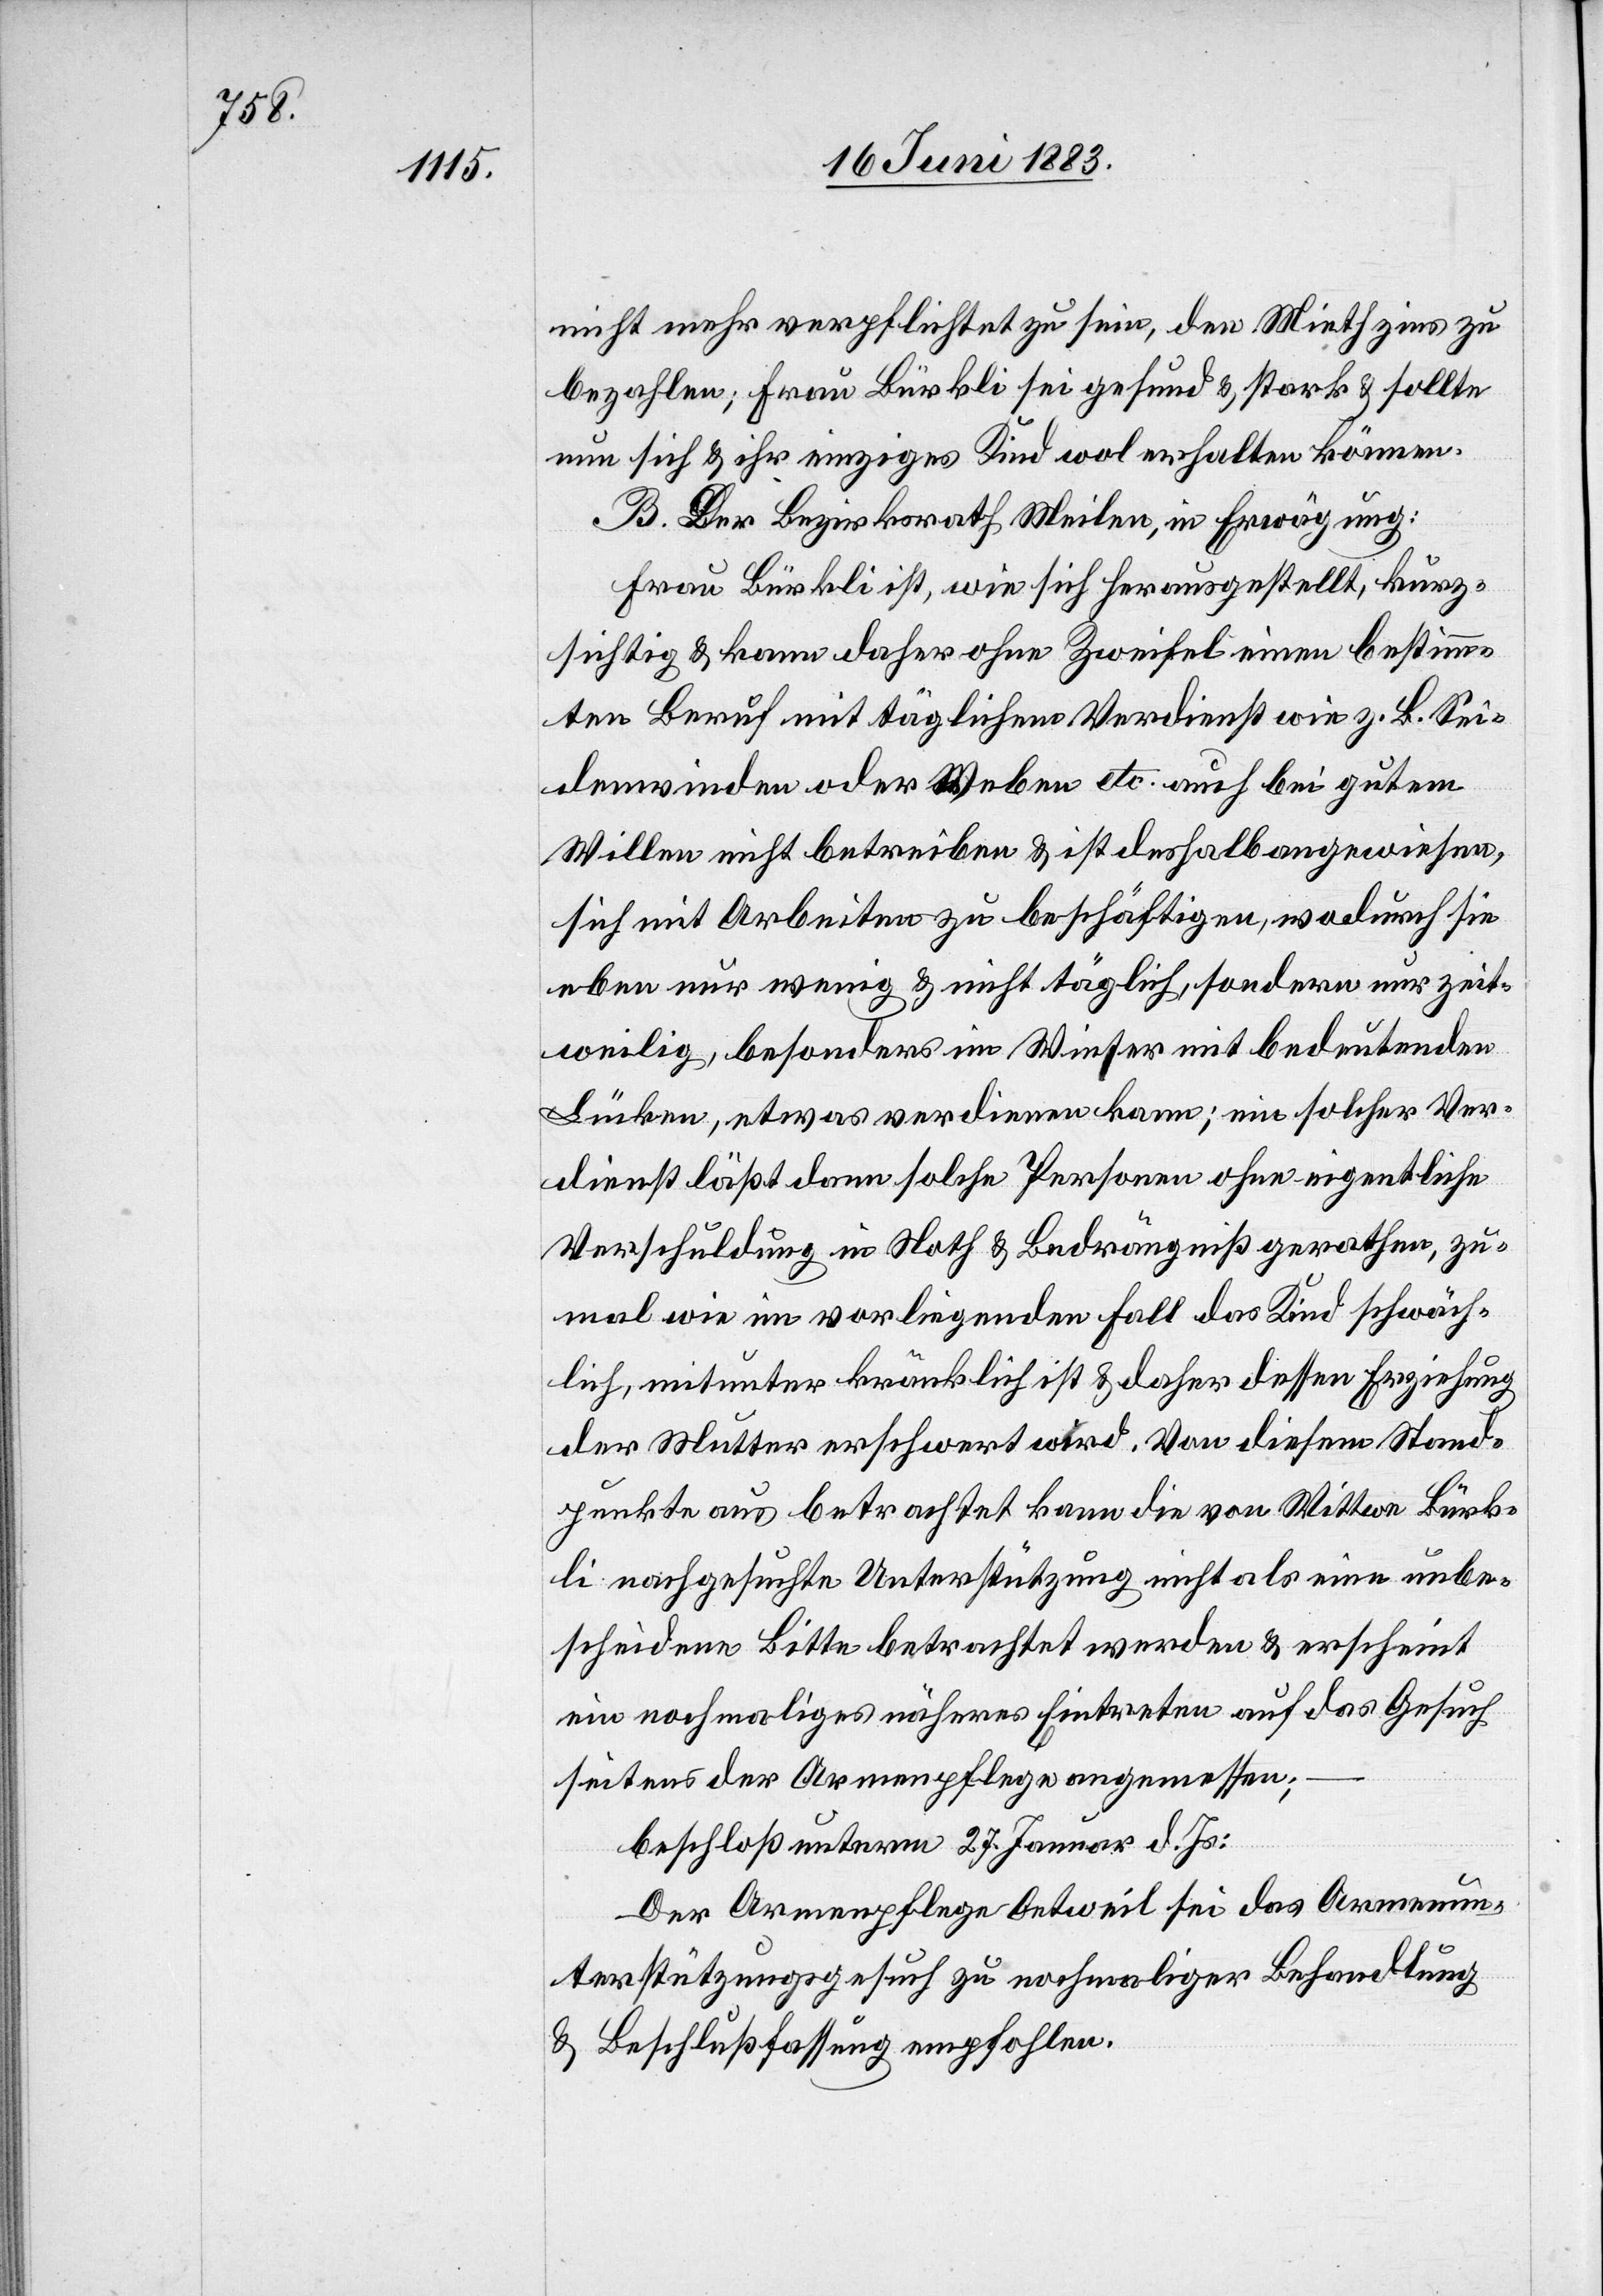
nicht mehr verpflichtet zu sein, den Miethzins zu
bezahlen; Frau Bürkli sei gesund & stark & sollte
nun sich & ihr einziges Kind wol erhalten können.
B. Der Bezirksrath Meilen, in Erwägung:
Frau Bürkli ist, wie sich herausgestellt, kurz¬
sichtig & kann daher ohne Zweifel einen bestimm¬
ten Beruf mit täglichem Verdienst wie z. B. Sei¬
denwinden oder Weben etc. auch bei gutem
Willen nicht betrieben & ist deshalb angewiesen,
sich mit Arbeiten zu beschäftigen, wodurch sie
eben nur wenig & nicht täglich, sondern nur zeit¬
weilig, besonders im Winter mit bedeutenden
Lücken, etwas verdienen kann; ein solcher Ver¬
dienst läßt dann solche Personen ohne eigentliche
Verschuldung in Noth & Bedrängniß gerathen, zu¬
mal wie im vorligenden Fall das Kind schwäch¬
lich, mitunter kränklich ist & daher dessen Erziehung
der Mutter erschwert wird. Von diesem Stand¬
punkte aus betrachtet kann die von Wittwe Bürk¬
li nachgesuchte Unterstützung nicht als eine unbe¬
scheidene Bitte betrachtet werden & erscheint
ein nochmaliges näheres Eintreten auf das Gesuch
seitens der Armenpflege angemessen;
beschloß unterm 27. Januar d. Js:
Der Armenpflege Oetweil sei das Armenun¬
terstützungsgesuch zu nochmaliger Behandlung
& Beschlußfassung empfohlen.